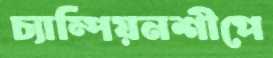
চ্যাম্পিয়নশীপে